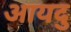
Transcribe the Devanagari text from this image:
आयदु